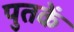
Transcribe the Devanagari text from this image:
पुतकें